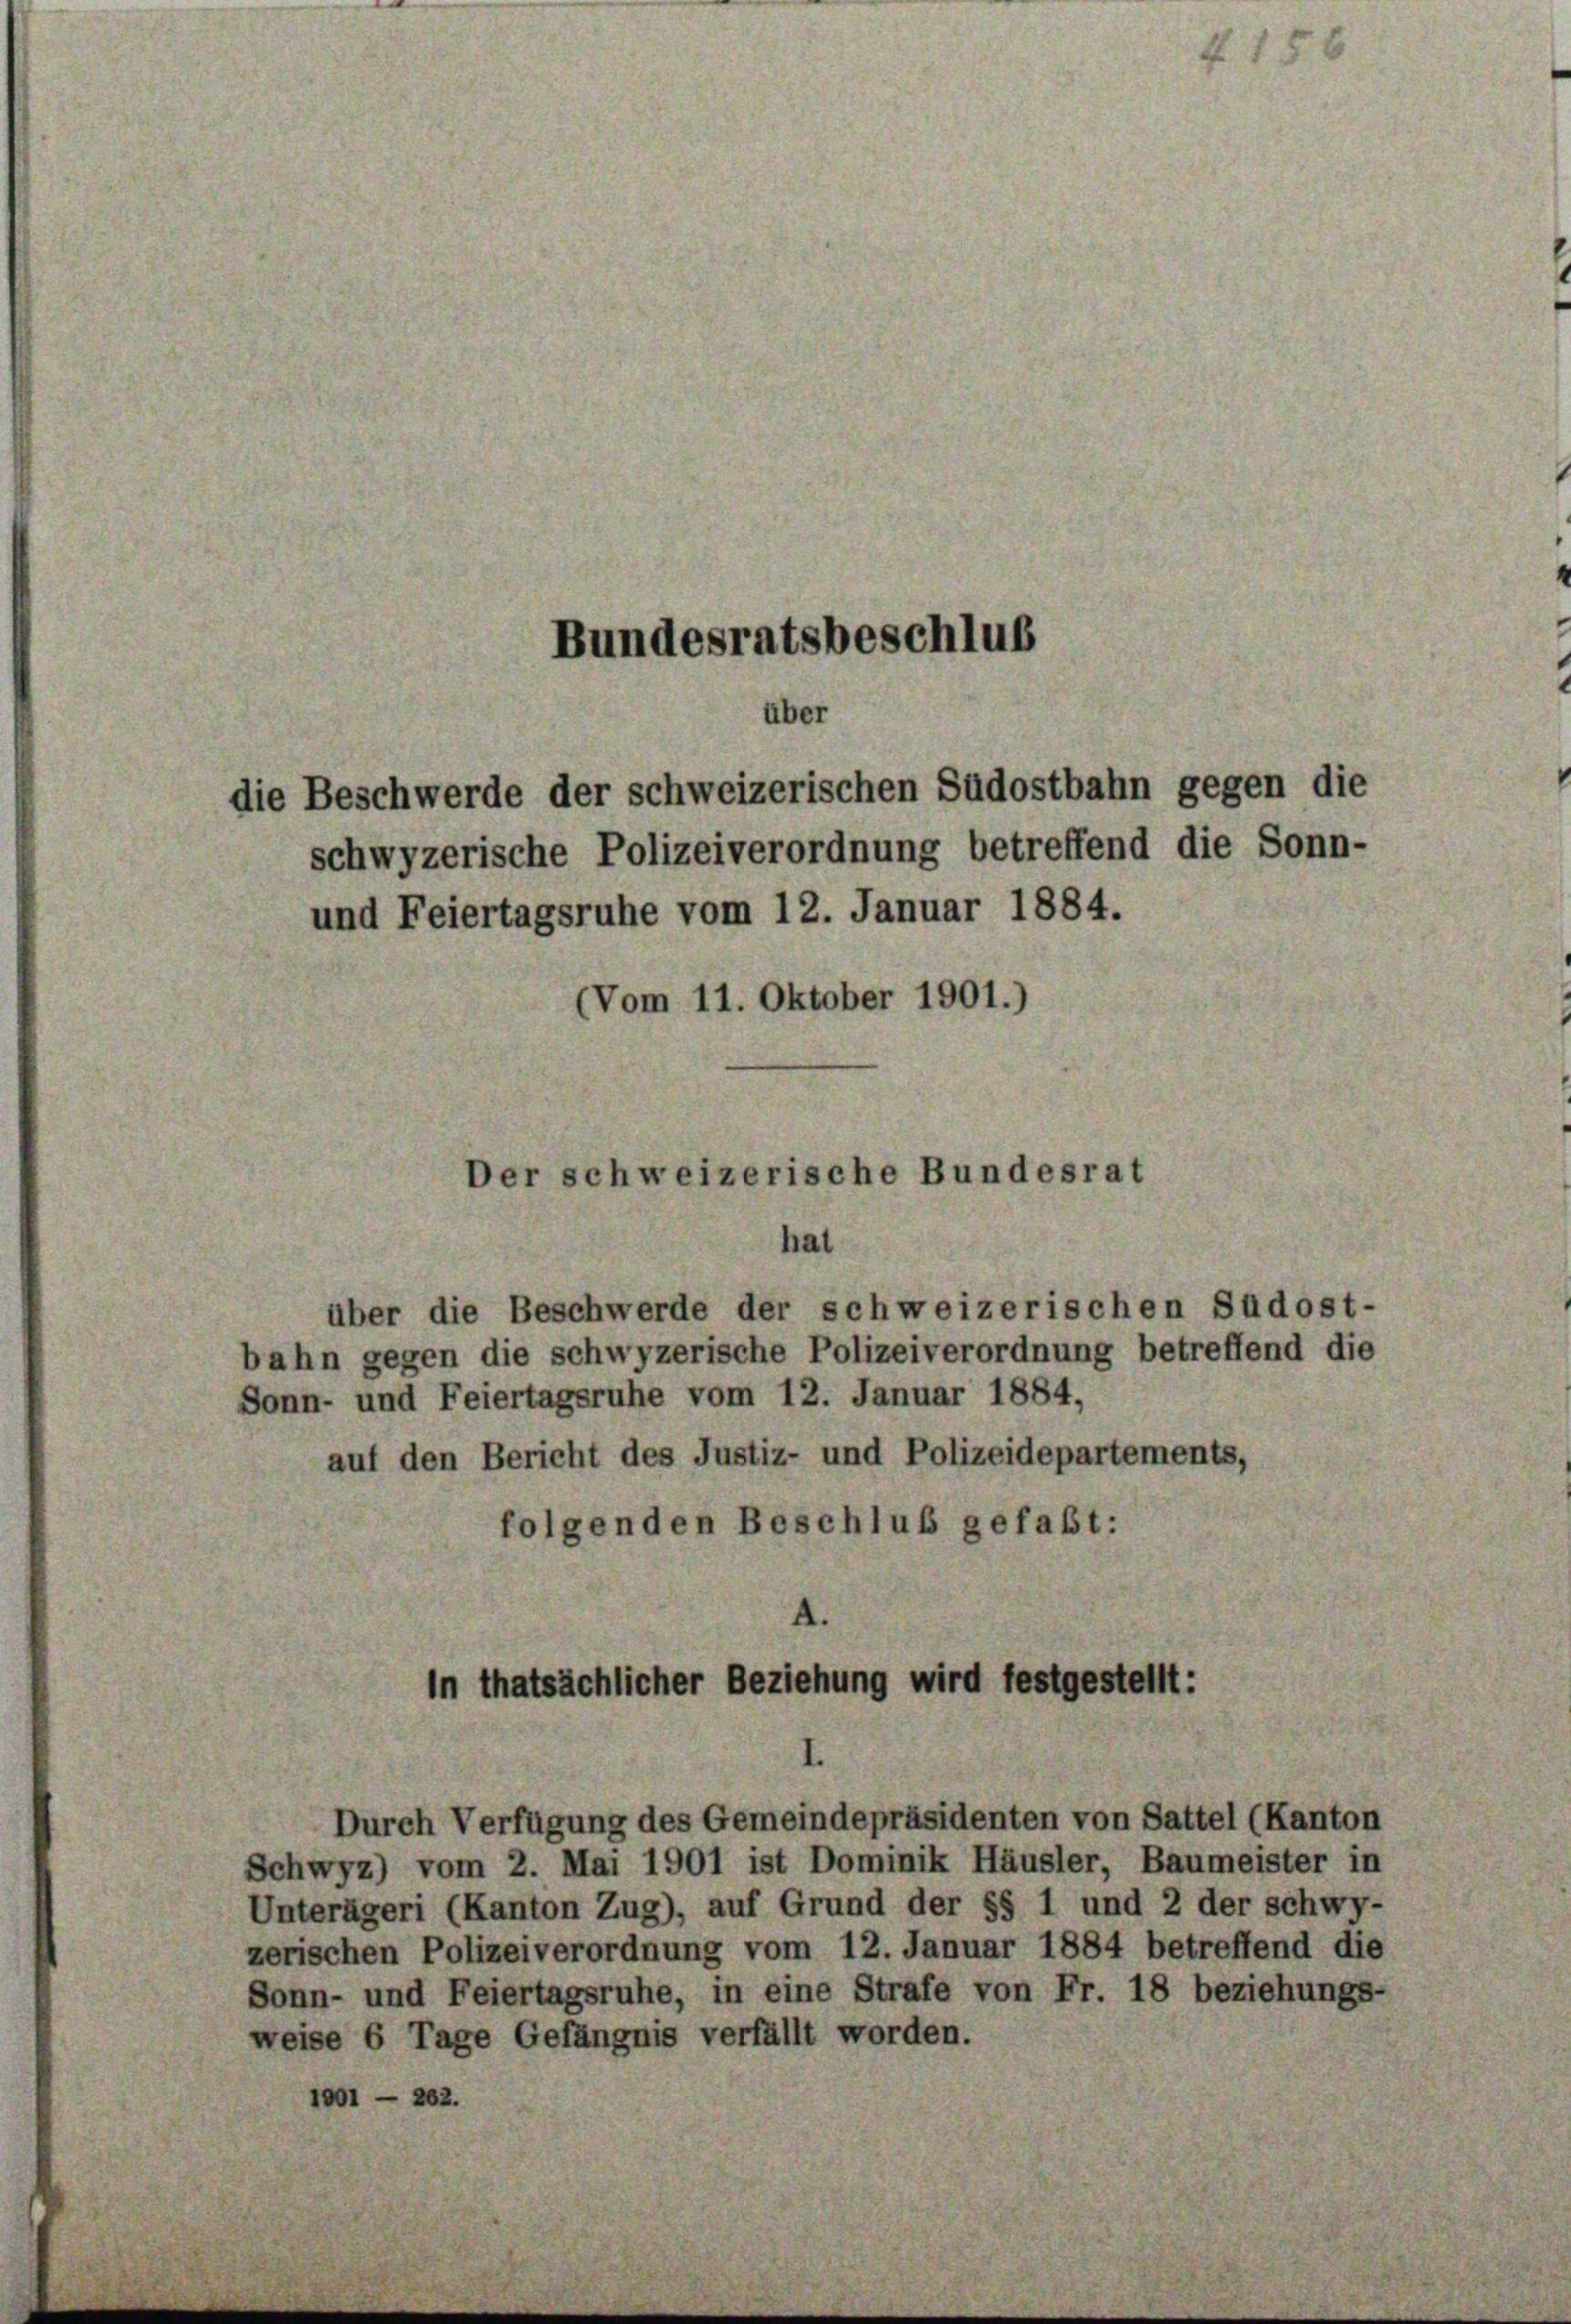
Bundesratsbeschluß
über
die Beschwerde der schweizerischen Südostbahn gegen die

schwyzerische Polizeiverordnung betreffend die Sonn-
(Vom 11. Oktober 1901.)

und Feiertagsruhe vom 12. Januar 1884.

Der schweizerische Bundesrat
hat

über die Beschwerde der schweizerischen Südost-
bahn gegen die schwyzerische Polizeiverordnung betreffend die
Sonn- und Feiertagsruhe vom 12. Januar 1884,
auf den Bericht des Justiz- und Polizeidepartements,
folgenden Beschluß gefaßt:

in thatsächlicher Beziehung wird festgestellt:

Durch Verfügung des Gemeindepräsidenten von Sattel (Kanton
Schwyz) vom 2. Mai 1901 ist Dominik Häusler, Baumeister in
Unterägeri (Kanton Zug), auf Grund der §§ 1 und 2 der Schwy-
zerischen Polizeiverordnung vom 12. Januar 1884 betreffend die
Sonn- und Feiertagsruhe, in eine Strafe von Fr. 18 beziehungs-
weise 6 Tage Gefängnis verfällt worden.
1001 — 262.